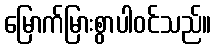
မြောက်မြားစွာပါဝင်သည်။